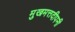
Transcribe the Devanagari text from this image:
मुखमत्तदीपनी